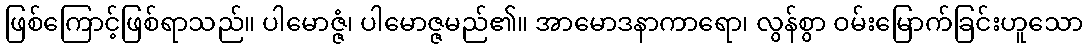
ဖြစ်ကြောင့်ဖြစ်ရာသည်။ ပါမောဇ္ဇံ၊ ပါမောဇ္ဇမည်၏။ အာမောဒနာကာရော၊ လွန်စွာ ဝမ်းမြောက်ခြင်းဟူသော